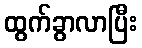
ထွက်ခွာလာပြီး